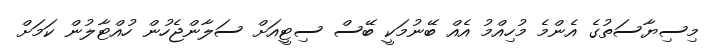
މިސިޔާސަތުގެ އެންމެ މުހިއްމު އެއް ބޭނުމަކީ ބޭސް ސިޓީއަށް ސަލާންޖެހުން ހުއްޓާލުން ކަމަށް